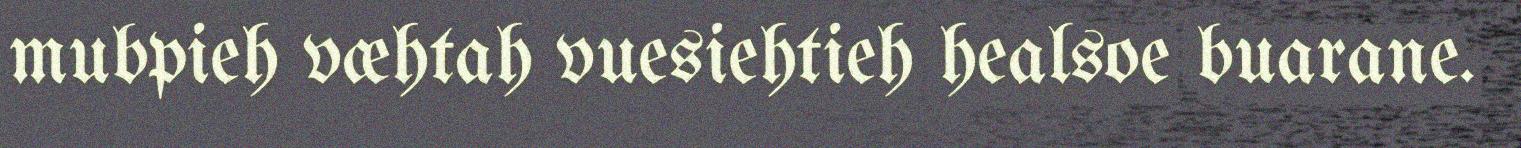
mubpieh væhtah vuesiehtieh healsoe buarane.